Bréfritari: Guðrún S. Arnesen
Viðtakandi: Daníel Halldórsson
Dagsetning: A-1882-01-24
Skrifað á: Eskifirði  S-Múl.

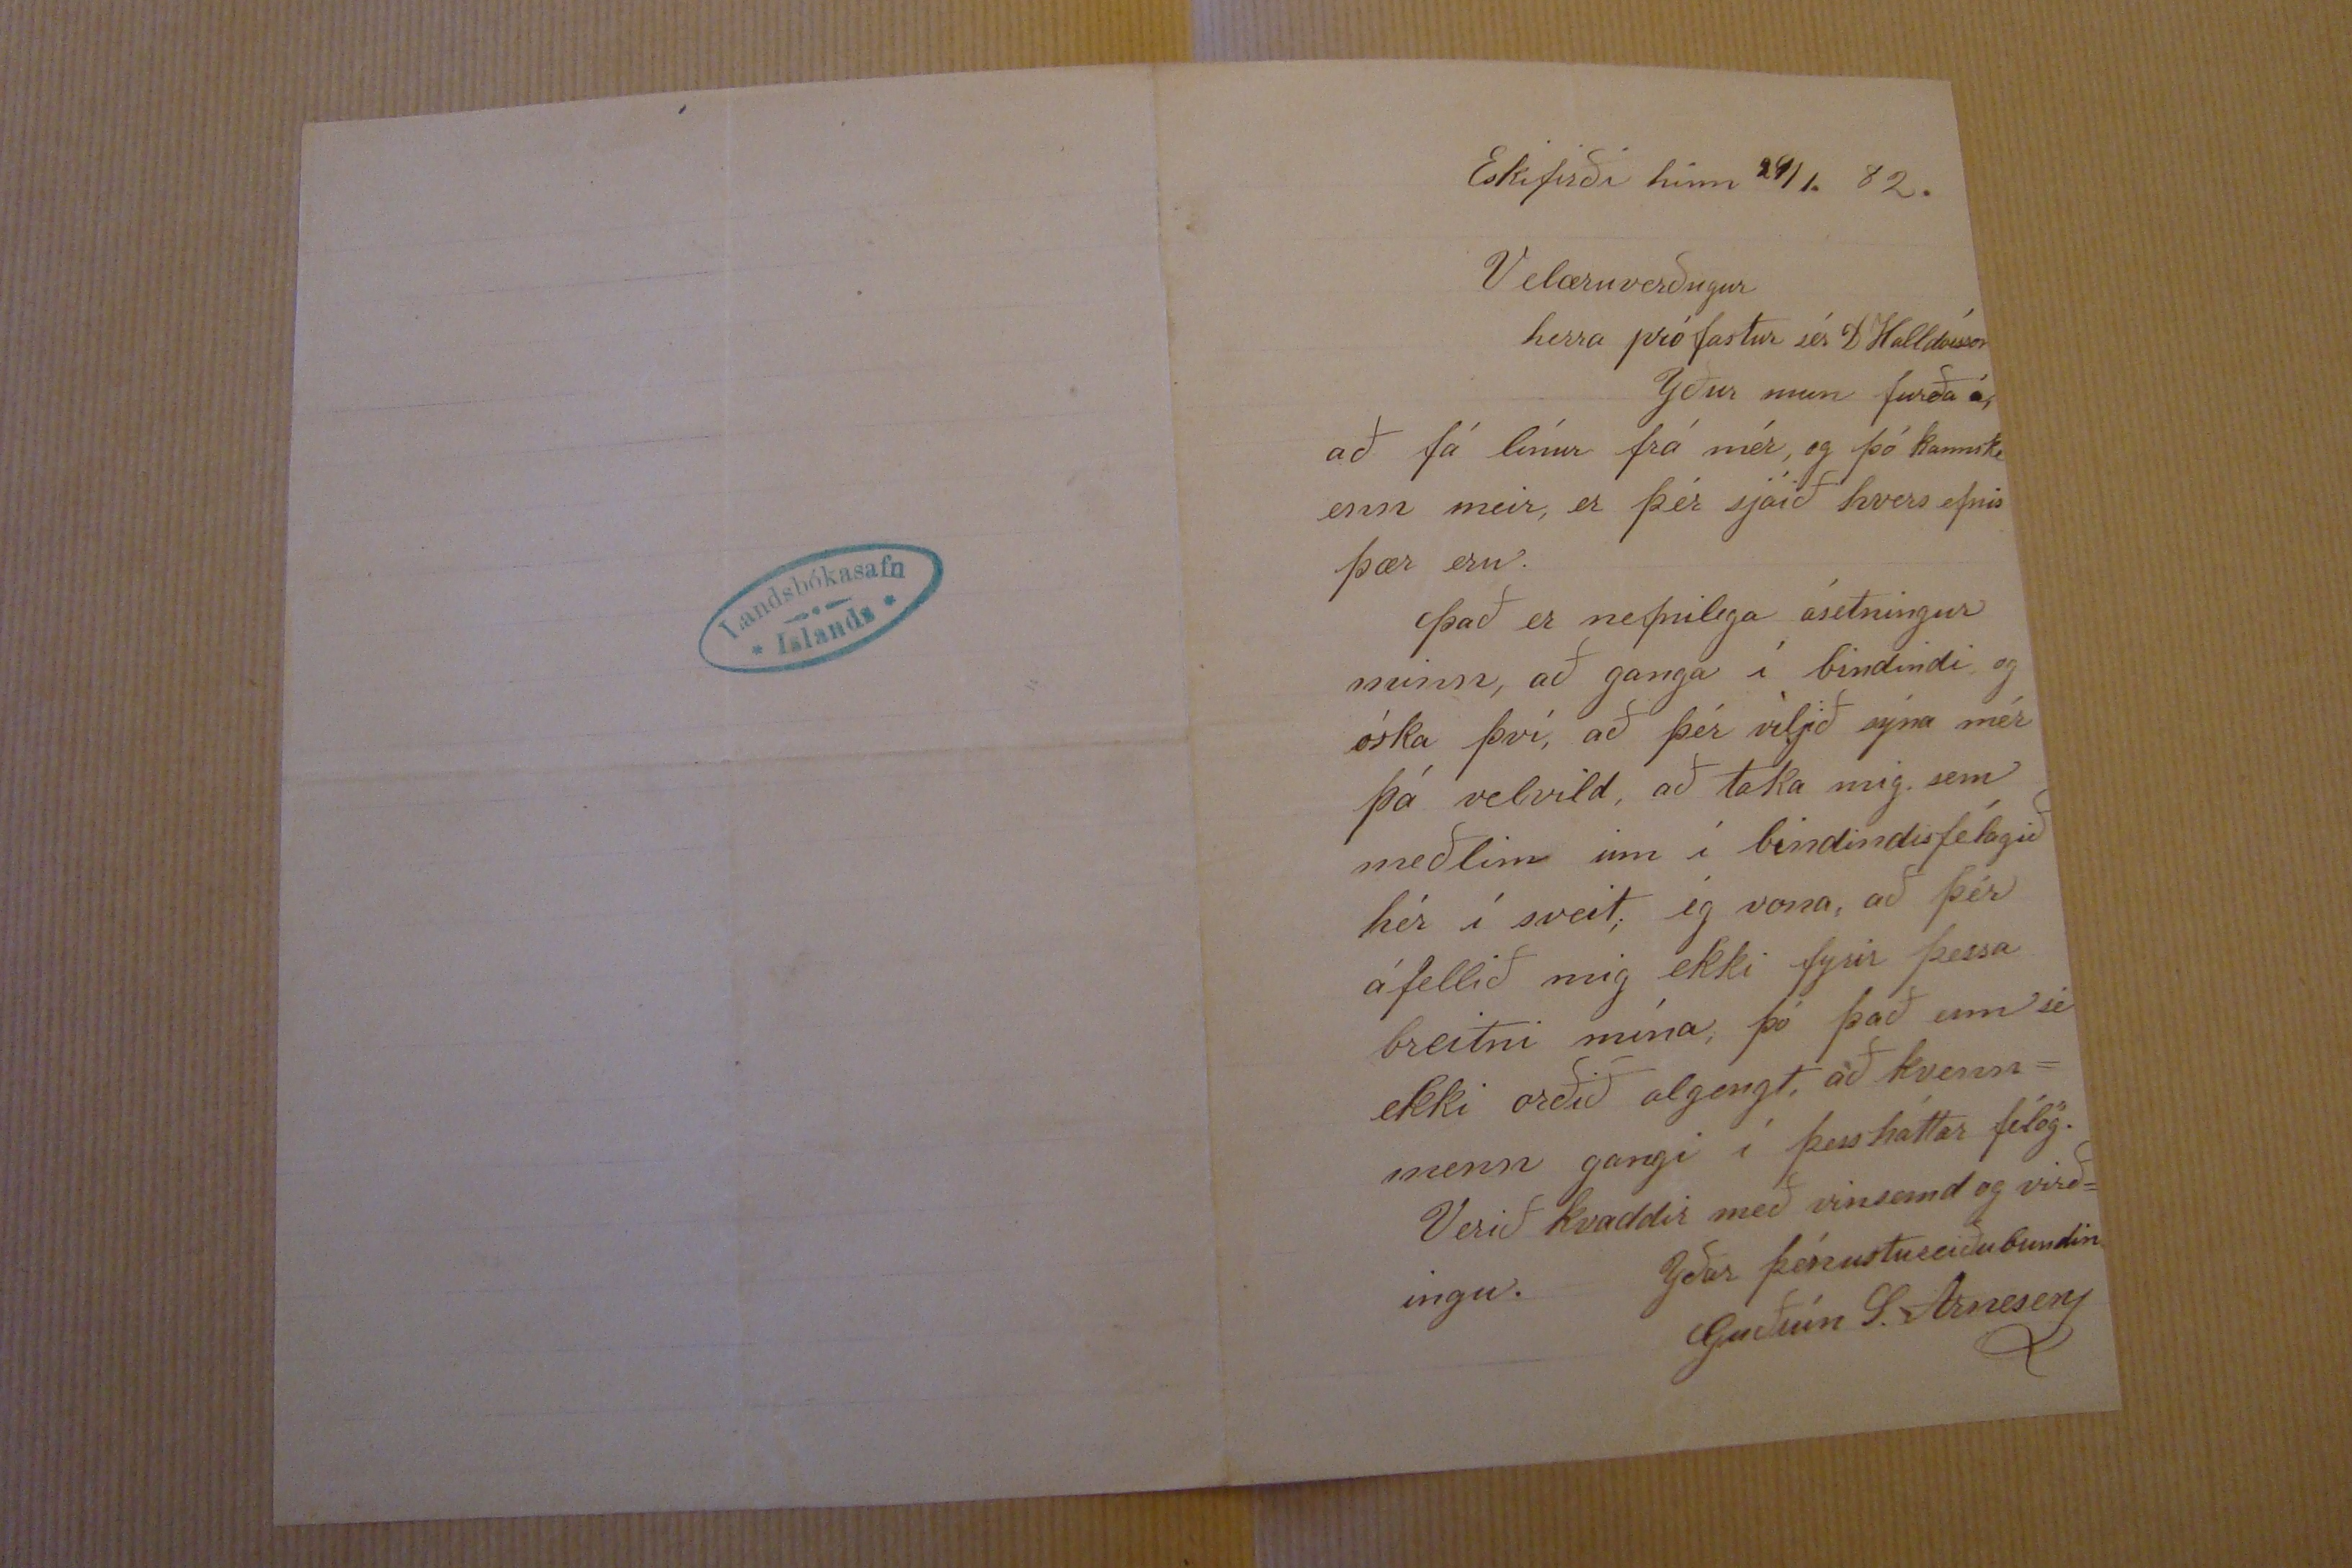

Eskifirði hinn 24/1. 82.
Velæruverðugur herra prófastur sér D Halldórsson
Yður mun furða á, að fá línur frá mér, og þó kannski enn meir, er þér sjáið hvers efnis þær eru. það er nefnilega ásetningur minn, að ganga í bindindi og óska því, að þér viljið sýna mér þá velvild, að taka mig, sem meðlim inn í bindindisfélagið hér í sveit; ég vona, að þér áfellið mig ekki fyrir þessa breitni mína, þó það enn sé ekki orðið algengt, að kvenn= menn gangi í þess háttar félög. Verið kvaddir með vinsemd og virð= ingu.
Yðar þónustu reiðubundin
Guðrún S. Arnesen